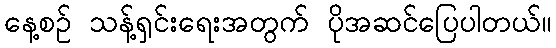
နေ့စဉ် သန့်ရှင်းရေးအတွက် ပိုအဆင်ပြေပါတယ်။